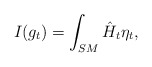
\begin{align*}I(g_t)=\int_{SM}\hat{H}_t\eta_t,\end{align*}